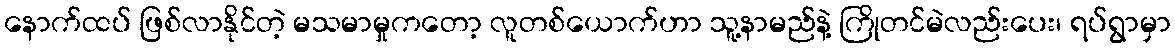
နောက်ထပ် ဖြစ်လာနိုင်တဲ့ မသမာမှုကတော့ လူတစ်ယောက်ဟာ သူ့နာမည်နဲ့ ကြိုတင်မဲလည်းပေး၊ ရပ်ရွာမှာ